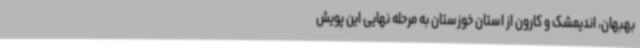
بهبهان، اندیمشک و کارون از استان خوزستان به مرحله نهایی این پویش